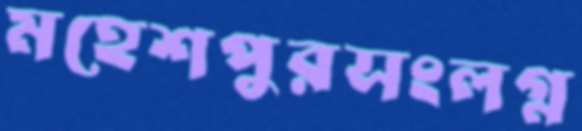
মহেশপুরসংলগ্ন